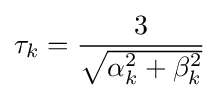
\tau _{k}={\frac {3}{\sqrt {\alpha _{k}^{2}+\beta _{k}^{2}}}}